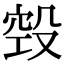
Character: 㲁